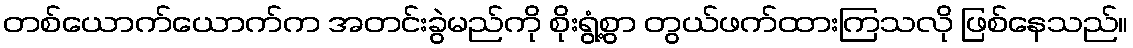
တစ်ယောက်ယောက်က အတင်းခွဲမည်ကို စိုးရွံ့စွာ တွယ်ဖက်ထားကြသလို ဖြစ်နေသည်။